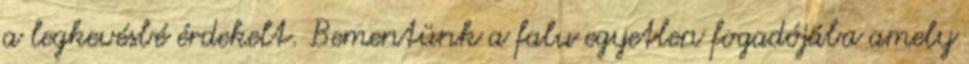
a legkevésbé érdekelt. Bementünk a falu egyetlen fogadójába amely